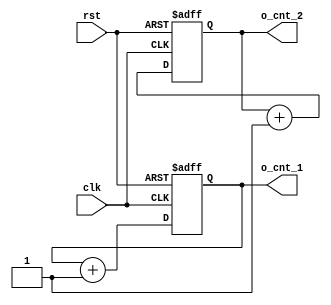
////////////////////////////////////////////
// 
///////////////////////////////////////////

module sumfour(
    input           clk,
    input           rst,
    output  [3:0]   o_cnt_1,
    output  [3:0]   o_cnt_2
);

reg [3:0]   cnt_1;
reg [3:0]   cnt_2;


//  cnt_1  cnt_2  always 
always@(posedge clk or negedge rst) begin
    if(!rst) begin
        cnt_1 <= 0;
    end
    else begin
        cnt_1 <= cnt_1 + 1'b1;
    end
end

always@(posedge clk or negedge rst) begin
    if(!rst) begin
        cnt_2 <= 0;
    end
    else begin
        cnt_2 <= cnt_2 + 1'b1;
    end
end

assign o_cnt_1 = cnt_1;
assign o_cnt_2 = cnt_2;

endmodule